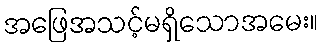
အဖြေအသင့်မရှိသောအမေး။